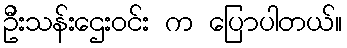
ဦးသန်းဌေးဝင်း က ပြောပါတယ်။